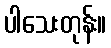
ပါသေးတုန်း။